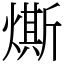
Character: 燍